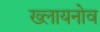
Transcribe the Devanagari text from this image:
ख्लायनोव